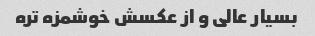
بسیار عالی و از عکسش خوشمزه تره